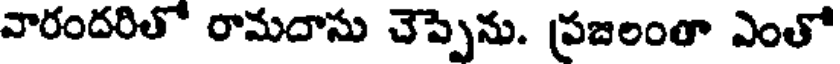
వారందరితో రామదాసు చెప్పెను. ప్రజలంతా ఎంతో